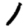
Digit: 1